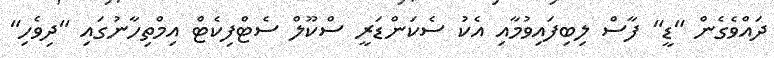
ދައްވެގެން "ޑީ" ފާސް ލިބިފައިވުމާއި އެކު ސެކަންޑަރީ ސްކޫލް ސެޓްފިކެޓް އިމްތިހާނުގައި "ދިވެހި"